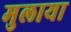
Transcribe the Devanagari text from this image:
मुलाया